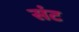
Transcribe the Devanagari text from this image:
संट